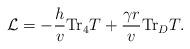
LaTeX: \begin{align*}{\cal L}= -\frac{h}{v} \hbox{Tr}_4 T + \frac{ \gamma r}{v} \hbox{Tr}_D T .\end{align*}